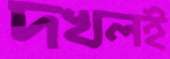
দখলই